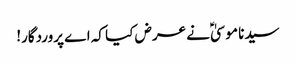
سیدنا موسیٰؑ نے عرض کیا کہ اے پروردگار!